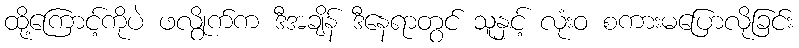
ထို့ကြောင့်ကိုပဲ ဖလွိုက်က ဒီအချိန် ဒီနေရာတွင် သူနှင့် လုံးဝ စကားမပြောလိုခြင်း